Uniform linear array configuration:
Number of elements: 12
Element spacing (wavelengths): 0.75
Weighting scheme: binomial
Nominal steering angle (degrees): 60
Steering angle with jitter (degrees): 59.592
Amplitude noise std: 0.05
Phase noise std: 0.05

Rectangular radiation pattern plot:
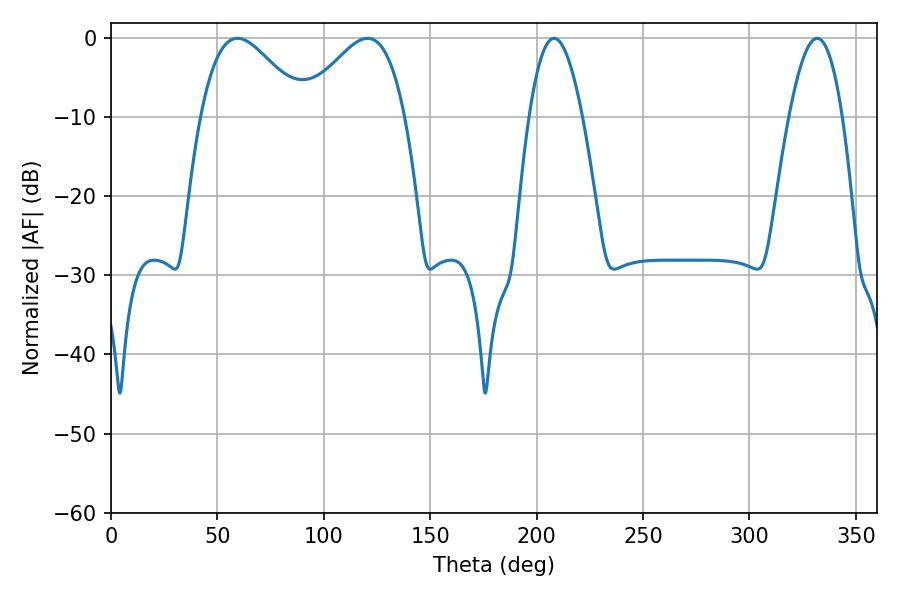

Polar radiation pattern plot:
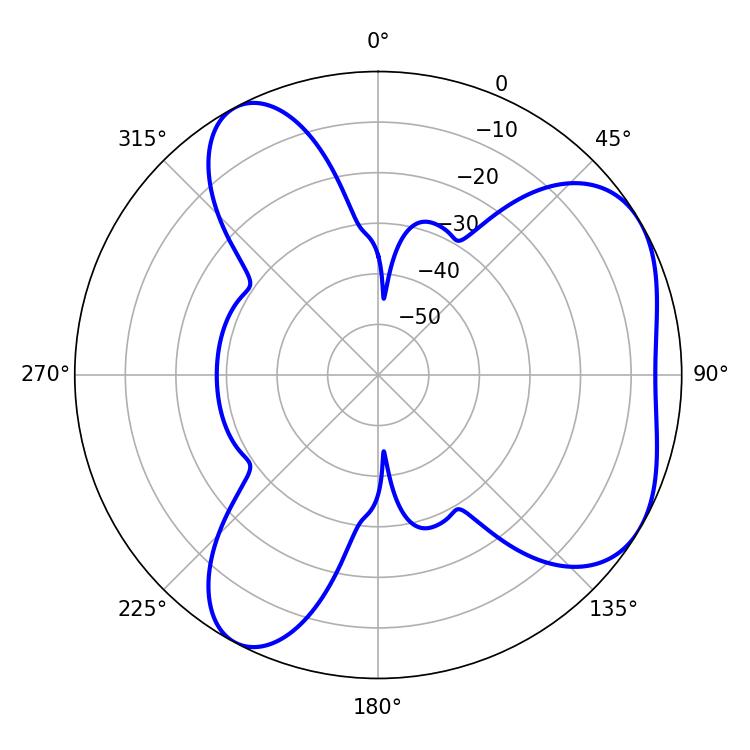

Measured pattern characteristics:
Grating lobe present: TRUE
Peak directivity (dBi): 5.025
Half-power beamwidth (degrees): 25.92
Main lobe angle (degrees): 59.4